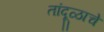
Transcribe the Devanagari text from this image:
तांदूळाचे